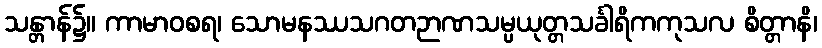
သန္တာန်၌။ ကာမာဝစရ၊ သောမနဿသဂတဉာဏသမ္ပယုတ္တသင်္ခါရိကကုသလ စိတ္တာနိ၊